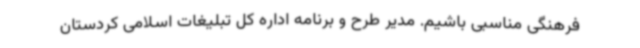
فرهنگی مناسبی باشیم. مدیر طرح و برنامه اداره کل تبلیغات اسلامی کردستان